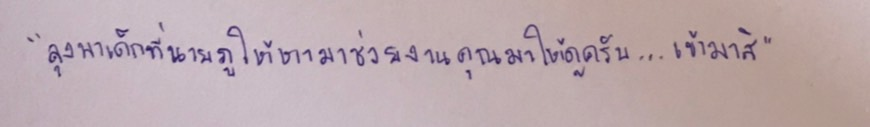
"ลุงพาเด็กที่นายภูให้หามาช่วยงานคุณมาให้ดูครับ...เข้ามาสิ"